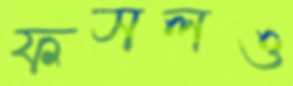
ফসলও